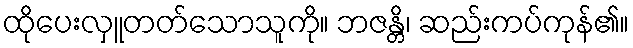
ထိုပေးလှူတတ်သောသူကို။ ဘဇန္တိ၊ ဆည်းကပ်ကုန်၏။